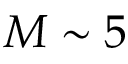
M \sim 5